Lock hospitals Punjab
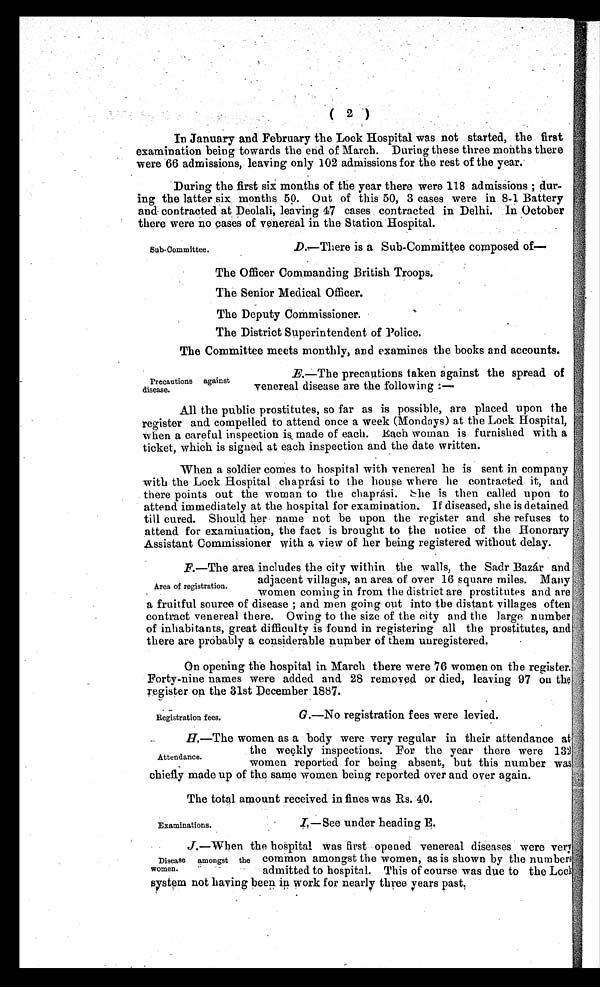
Examinations.
I, —See under heading E.
( 2 )
In January and February the Lock Hospital was not started, the first
examination being towards the end of March. During these three months there
were 66 admissions, leaving only 102 admissions for the rest of the year.
During the first six months of the year there were 118 admissions ; dur-
ing the latter six months 50. Out of this 50, 3 cases were in. 8-1 Battery
and contracted at Deolali, leaving 47 cases contracted in Delhi. In October
there were no cases of venereal in the Station Hospital.
Subcommittee.
D.—There is a Sub-Committee composed of—
The Officer Commanding British Troops.
The Senior Medical Officer.
The Deputy Commissioner.
The District Superintendent of Police.
The Committee meets monthly, and examines the books and accounts.
Precautions against
disease.
E.—The precautions taken against the spread of
venereal disease are the following :—
All the public prostitutes, so far as is possible, are placed upon the
register and compelled to attend once a week (Mondays) at the Lock Hospital,
when a careful inspection is made of each. Each woman is furnished with a
ticket, which is signed at each inspection and the date written.
When a soldier comes to hospital with venereal he is sent in company
with the Lock Hospital chaprási to the house where he contracted it, and
there points out the woman to the chaprási. She is then called upon to
attend immediately at the hospital for examination. If diseased, she is detained
till cured. Should her name not be upon the register and she refuses to
attend for examination, the fact is brought to the notice of the Honorary
Assistant Commissioner with a view of her being registered without delay.
F. —The area includes the city within the walls, the Sadr Bazár and
adjacent villages, an area of over 16 square miles. Many
women coming in from the district are prostitutes and are
a fruitful source of disease; and men going out into the distant villages often,
contract venereal there. Owing to the size of the city and the large number
of inhabitants, great difficulty is found in registering all the prostitutes, and
there are probably a considerable number of them unregistered.
On opening the hospital in March there were 76 women on the
register. Forty-nine names were added and 28 removed or died, leaving 97 on
the register on the 31st December 1887.
Area of registration.
Registration fees.
G.—No registration fees were levied.
H.—The women as a body were very regular in their attendance at
the weekly inspections. For the year there were 132
women reported for being absent, but this number was
chiefly made up of the same women being reported over and over again.
The total amount received in fines was Rs. 40.
Attendance.
J .
— W h e n t h e h o s p i t a l w a s f i r s t o p e n e d v e n e r e a l d i s e a s e s w e r e v e r y
Disease amongst the common amongst the women, as is shown by the numbers
women.
admitted to hospital. This of course was due to the Lock
system not having been in work for nearly three years past.